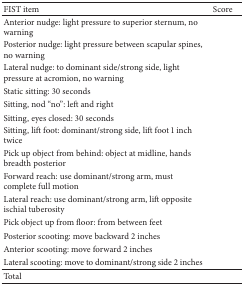
<table><thead><tr><td><b>FIST item</b></td><td><b>Score</b></td></tr></thead><tbody><tr><td>Anterior nudge: light pressure to superior sternum, no warning </td><td> </td></tr><tr><td>Posterior nudge: light pressure between scapular spines, no warning</td><td> </td></tr><tr><td>Lateral nudge: to dominant side/strong side, light pressure at acromion, no warning</td><td> </td></tr><tr><td>Static sitting: 30 seconds</td><td> </td></tr><tr><td>Sitting, nod “no”: left and right</td><td> </td></tr><tr><td>Sitting, eyes closed: 30 seconds</td><td> </td></tr><tr><td>Sitting, lift foot: dominant/strong side, lift foot 1 inch twice</td><td> </td></tr><tr><td>Pick up object from behind: object at midline, hands breadth posterior</td><td> </td></tr><tr><td>Forward reach: use dominant/strong arm, must complete full motion</td><td> </td></tr><tr><td>Lateral reach: use dominant/strong arm, lift opposite ischial tuberosity</td><td> </td></tr><tr><td>Pick object up from floor: from between feet</td><td> </td></tr><tr><td>Posterior scooting: move backward 2 inches</td><td> </td></tr><tr><td>Anterior scooting: move forward 2 inches</td><td> </td></tr><tr><td>Lateral scooting: move to dominant/strong side 2 inches</td><td> </td></tr><tr><td>Total</td><td> </td></tr></tbody></table>